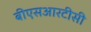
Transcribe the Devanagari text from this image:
बीएसआरटीसी